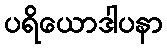
ပရိယောဒါပနာ